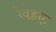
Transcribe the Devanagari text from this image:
रेव्हर्ट